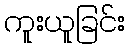
ကူးယူခြင်း